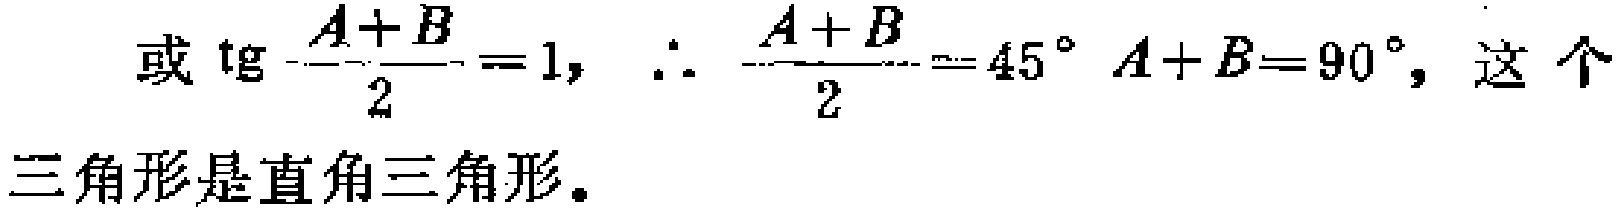
或$\mathrm{tg}\frac{A + B}{2} = 1$, $\therefore \frac{A + B}{2} = 45^{\circ}\ A + B = 90^{\circ}$, 这个三角形是直角三角形。